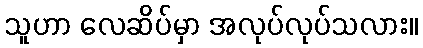
သူဟာ လေဆိပ်မှာ အလုပ်လုပ်သလား။